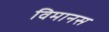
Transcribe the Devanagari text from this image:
विमानस